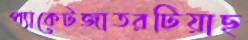
প্যাকেটজাতরটিয়াছ